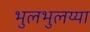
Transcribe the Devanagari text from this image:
भुलभुलय्या